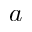
a